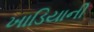
ખાડિયાની